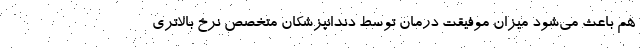
هم باعث می‌شود میزان موفیقت درمان توسط دندانپزشکان متخصص نرخ بالاتری